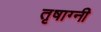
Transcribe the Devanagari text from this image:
तृषाग्नी